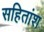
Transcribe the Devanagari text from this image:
सहितांश